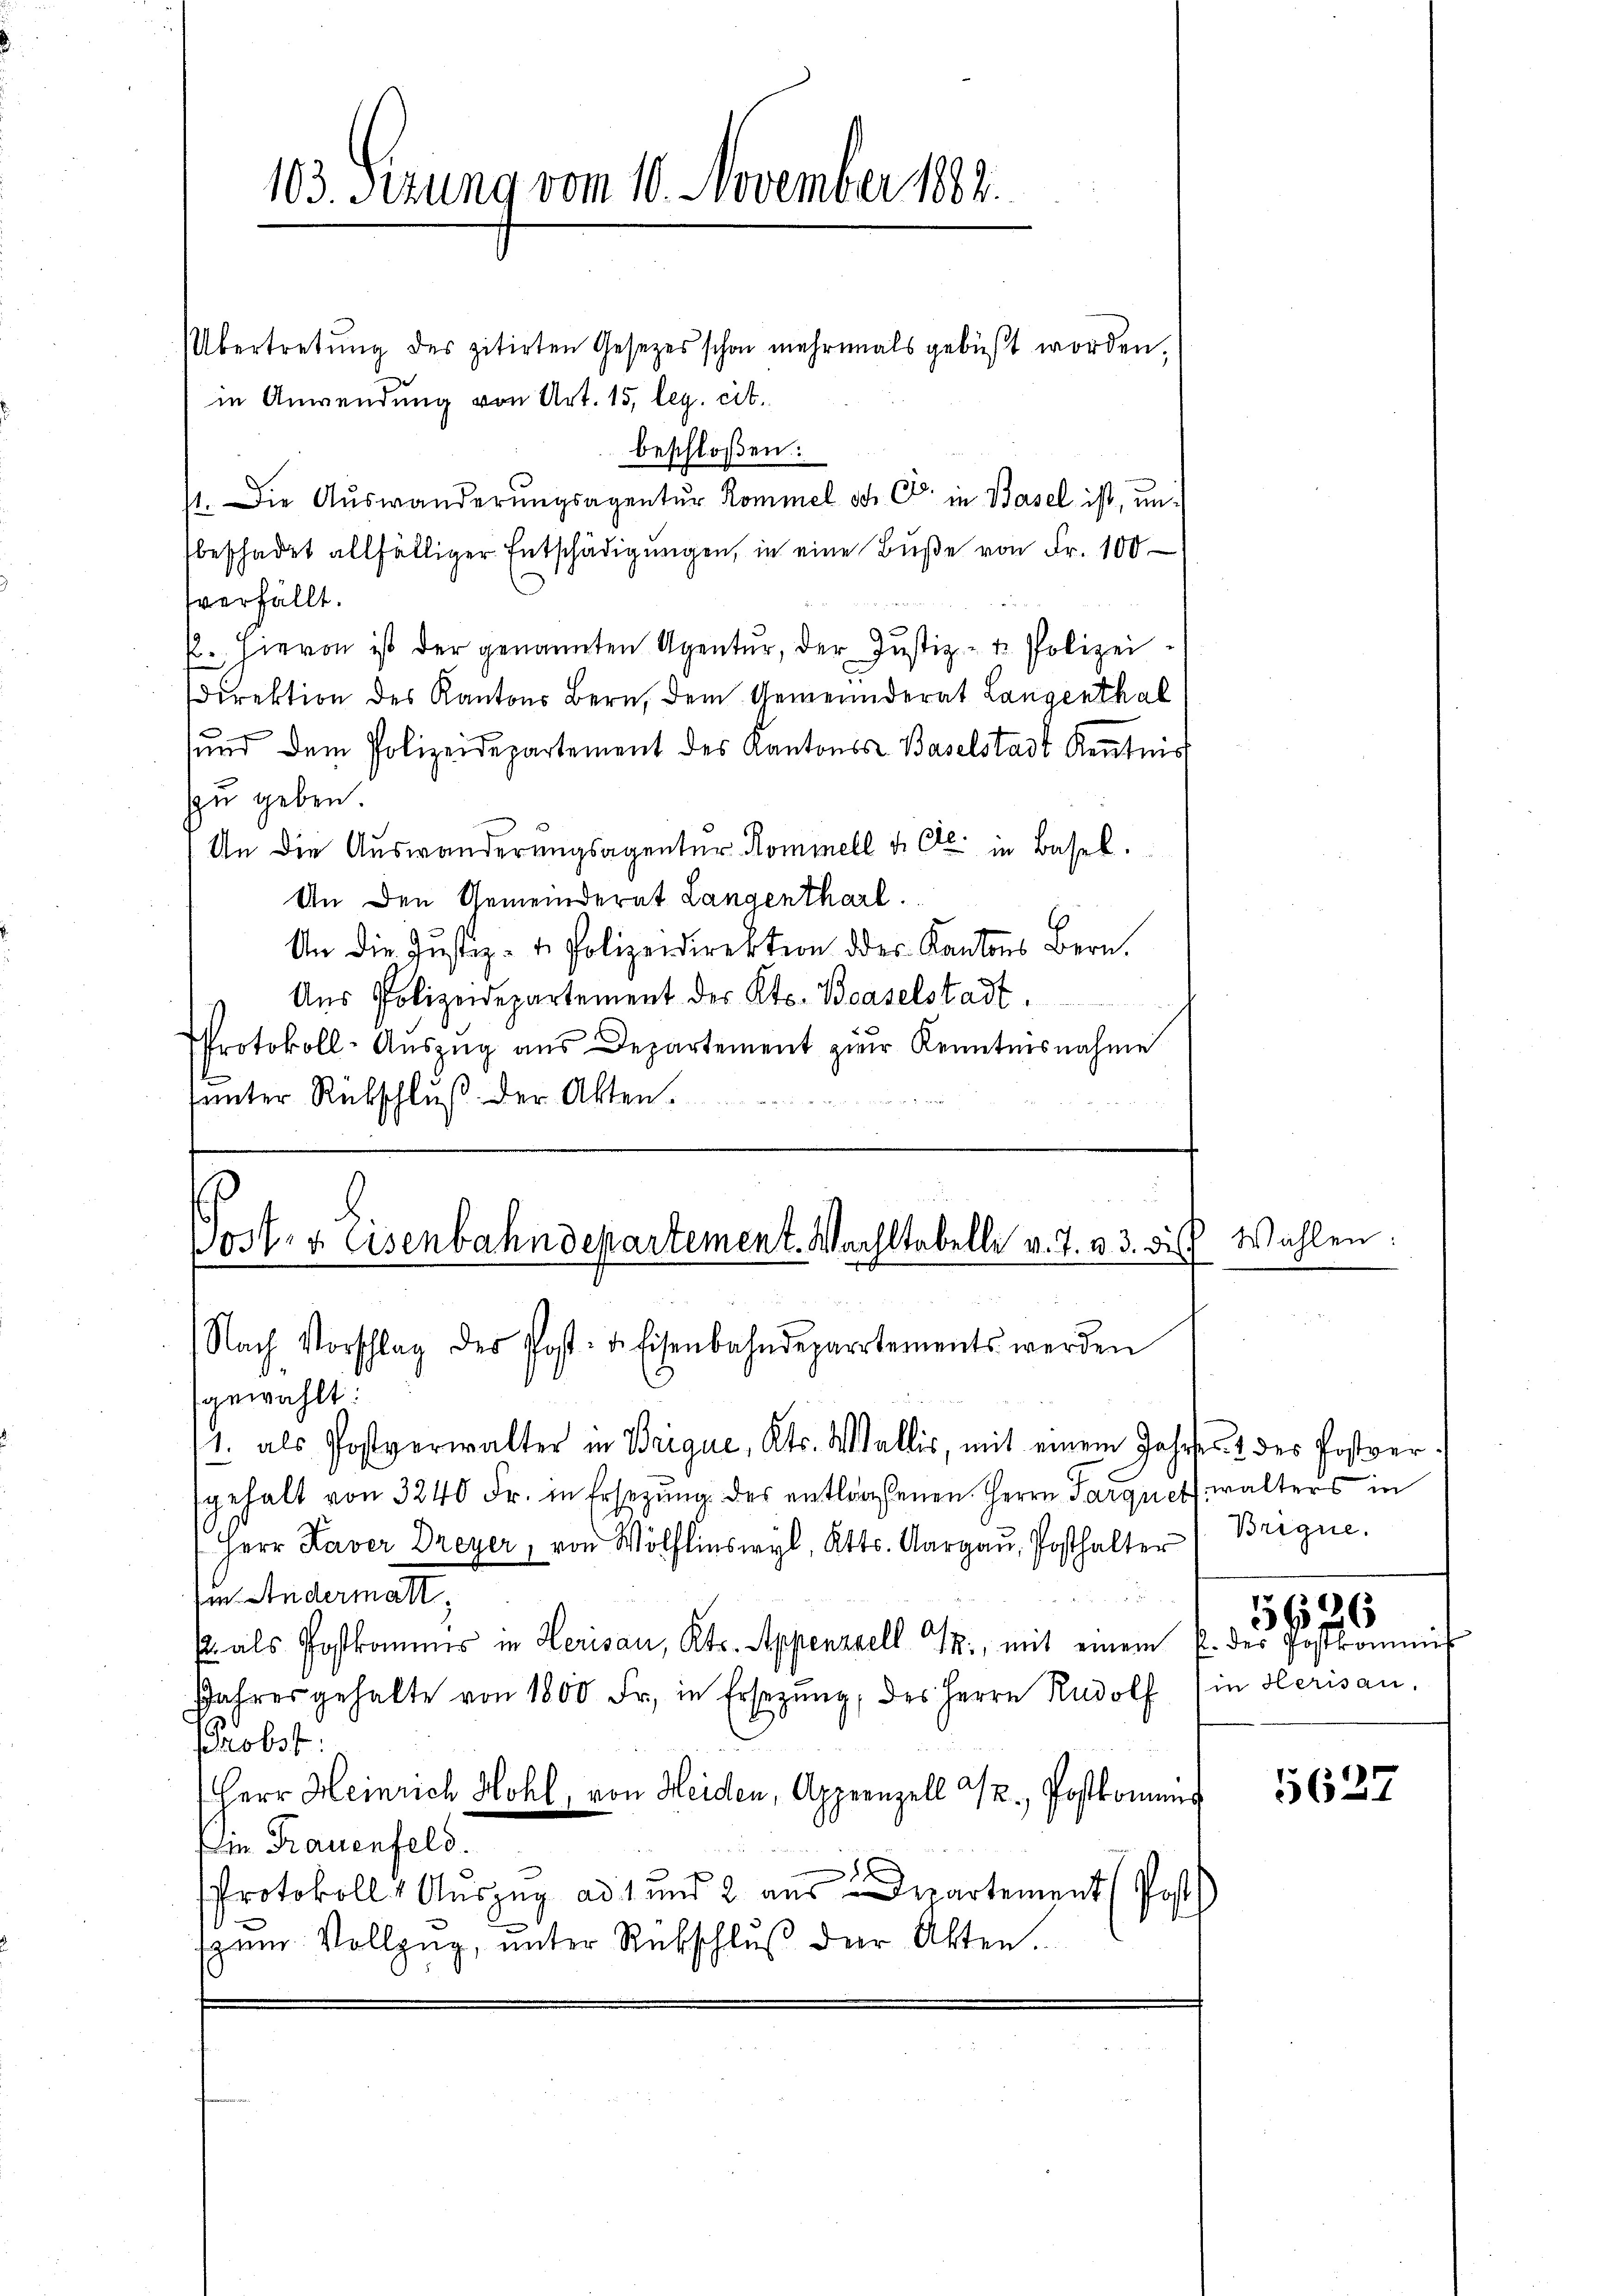
Übertretŭng des zitirten Gesetzes schon mehrmals gebüßt worden.
in Anwendung von Art. 15, leg. cit.
beschloßen:
71. Die Auswanderungsagentur Kommel od. C. in Basel ist, und
beschadet allfälliger Entschädigŭngen, in eine Bŭβe von Fr. 100
verfällt.
. Hievon ist der genannten Agentur, der Justiz- u. Polizeidirektion des Kantons Bern, dem Gemeinderat Langenthal
sund dem Polizeidepartement des Kantons Baselstadt Kenntnis
zu geben.
An die Auswanderungsagentur Kommell d. Cl. in Basel.
An den Gemeinderat Langentharl
An die Justiz- & Polizeidirektion der Kantons Bern.
Aŭs Polizeidepartement des Kts. Baselstadt.
Protokoll-Auszug aus Departement zur Kenntnisnahme
sunter Rückschluß der Akten.

103. Sizung vom 10. November 1882.

2
03ter Eisenbahndepartement. Wachstabelle v. J. u. 3. dies
Nach Vorschlag der Post- u. Eisenbahndepartements werden

gewählt:
1. als Postverwalter in Brigue, Kts. Wallis, mit einem Jahres & des Postversgehalt von 3240 Fr. in Ersezung des entlassenen Herrn Parquet walters in
Herr Kaver Dreyer, von Wölflinswyl, Kts. Aargaŭ, Posthalter (Brigne.
in Andermatt,
. als Postkommes in Herisau, Kts. Appenzell T., mit einem u. der Postkommis
Jahres gehalte von 1800 Fr. in Ersezung, des Herrn Rudolf in Herisau.
Probst
Herr Heinrich Hohl, von Heiden, Appenzell 32. Postkomens
mn Frauenfeld.
Protokoll Auszug ad 1 und 2 aus Departement (Post
szum Vollzug, unter Rückschlŭβ der Akten.

Wählen

1620

5627